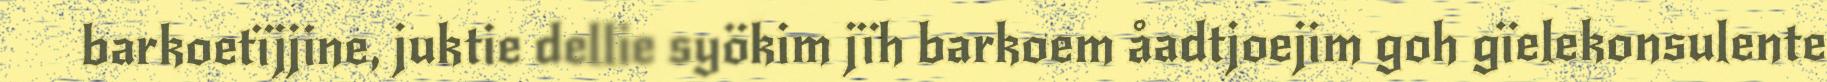
barkoetïjjine, juktie dellie syökim jïh barkoem åadtjoejim goh gïelekonsulente